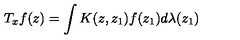
T _ { x } f ( z ) = \int K ( z , z _ { 1 } ) f ( z _ { 1 } ) d \lambda ( z _ { 1 } )